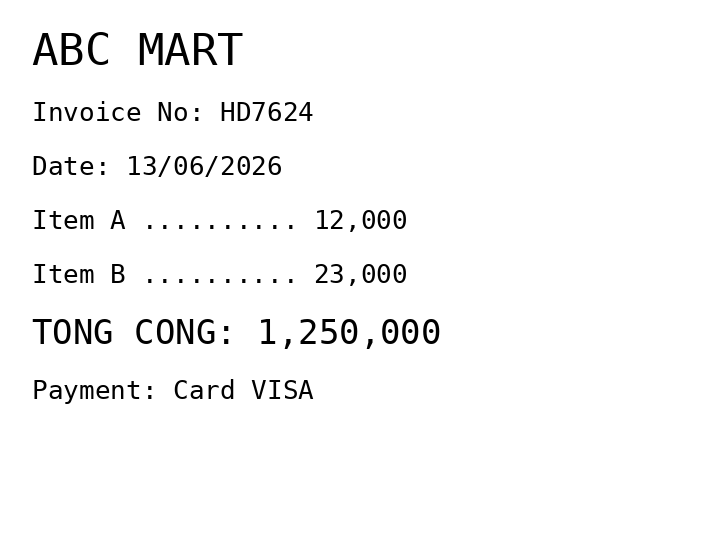
ABC MART
Invoice No: HD7624
Date: 13/06/2026
Item A .......... 12,000
Item B .......... 23,000
TONG CONG: 1,250,000
Payment: Card VISA
Merchant: abc mart
Date: 2026-06-13
Total: 1250000
Invoice No: HD7624
Payment method: CARD